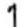
1